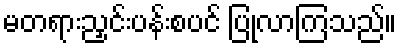
မတရားညှင်းပန်းစပင် ပြုလာကြသည်။